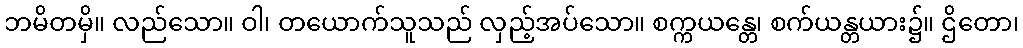
ဘမိတမှိ။ လည်သော။ ဝါ၊ တယောက်သူသည် လှည့်အပ်သော။ စက္ကယန္တေ၊ စက်ယန္တယား၌။ ဌိတော၊